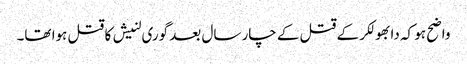
واضح ہو کہ دابھولکر کے قتل کے چار سال بعد گوری لنیش کا قتل ہوا تھا۔